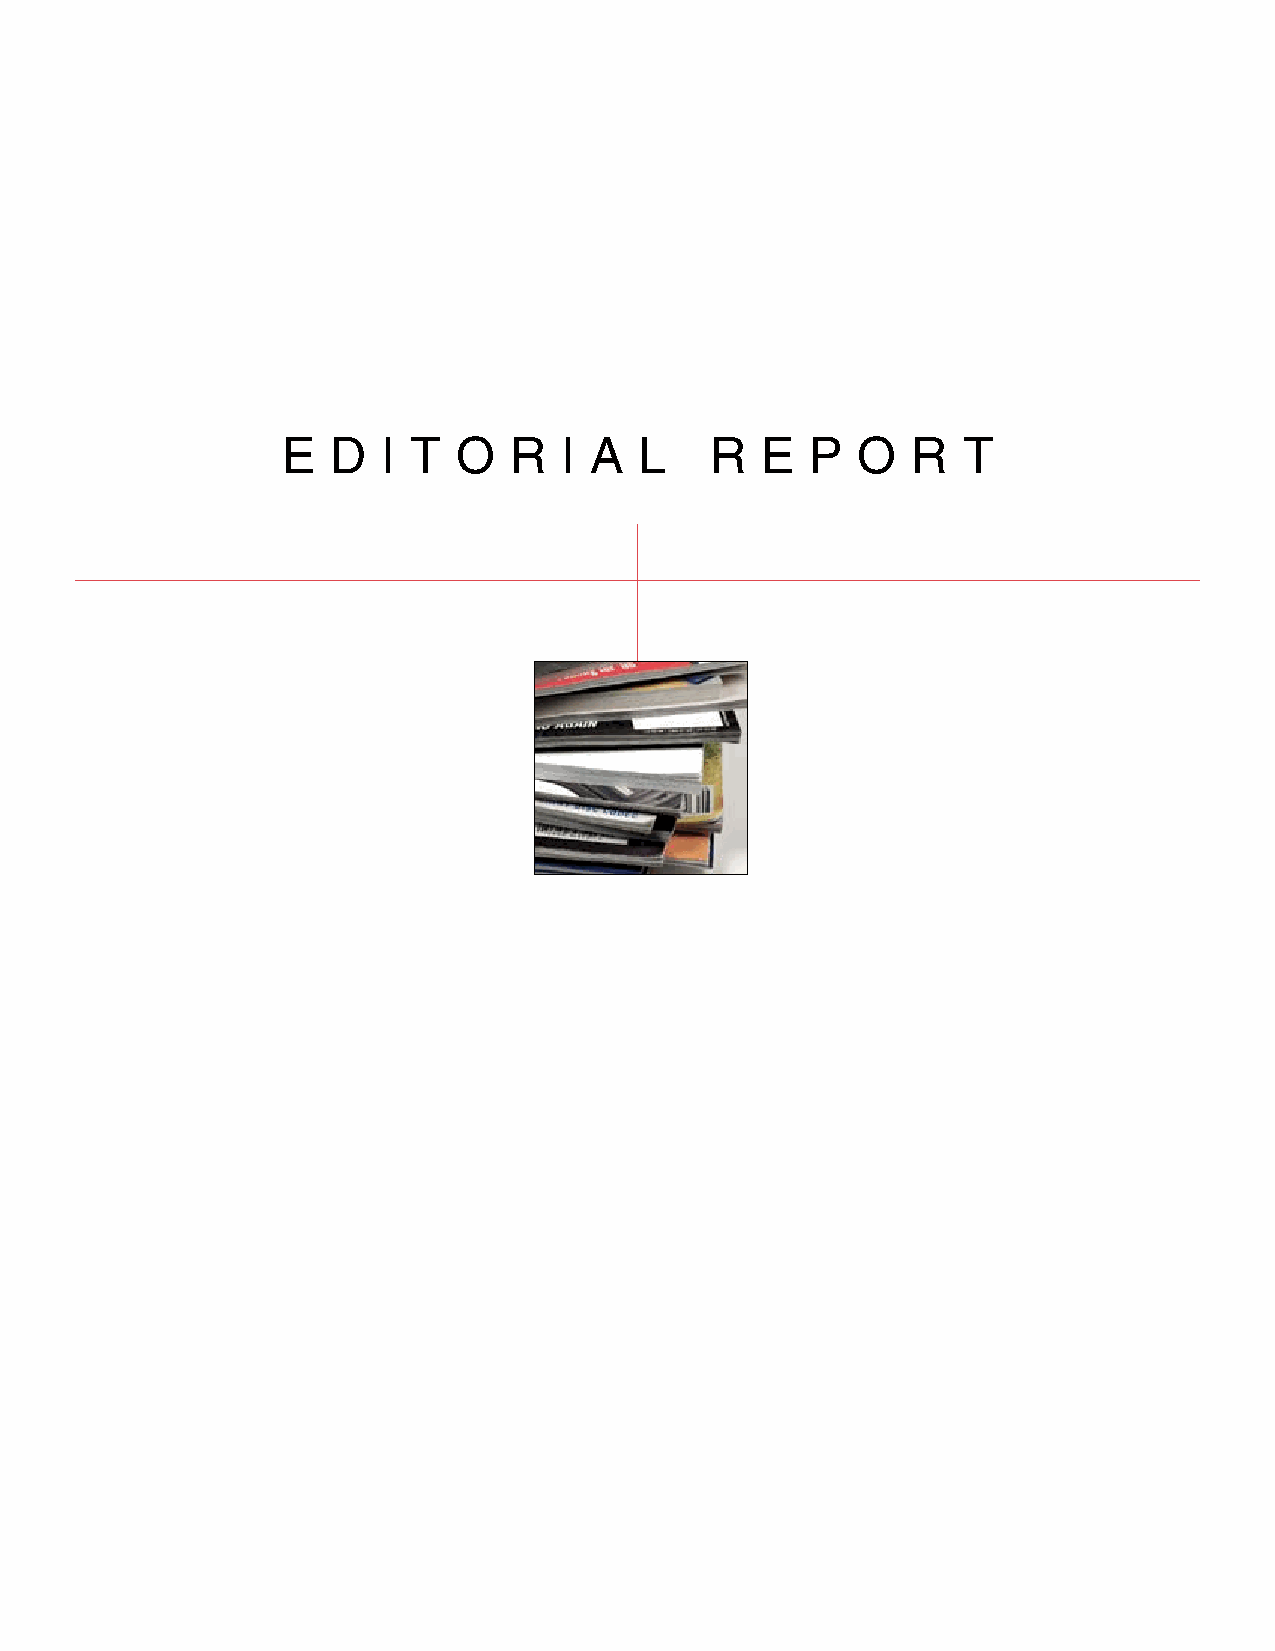
e  d  I T  O   R  I A  l    R  e   P  O  R   T